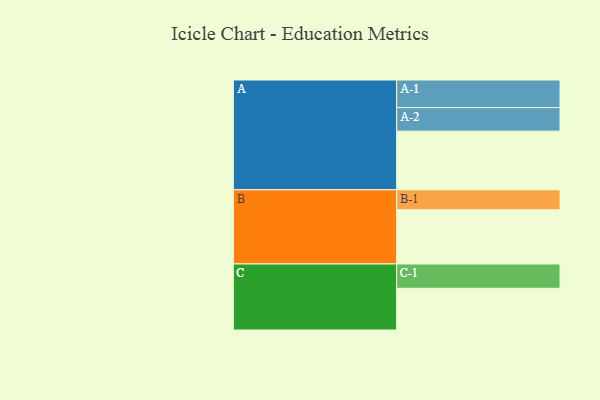
{"axis": {"x": "Segment", "y": "Value"}, "legend": ["", "A", "B", "C"], "data": [{"x": "A", "y": 591, "type": ""}, {"x": "B", "y": 546, "type": ""}, {"x": "C", "y": 420, "type": ""}, {"x": "A-1", "y": 278, "type": "A"}, {"x": "A-2", "y": 237, "type": "A"}, {"x": "B-1", "y": 201, "type": "B"}, {"x": "C-1", "y": 245, "type": "C"}]}